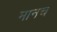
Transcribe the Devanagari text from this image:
मानच